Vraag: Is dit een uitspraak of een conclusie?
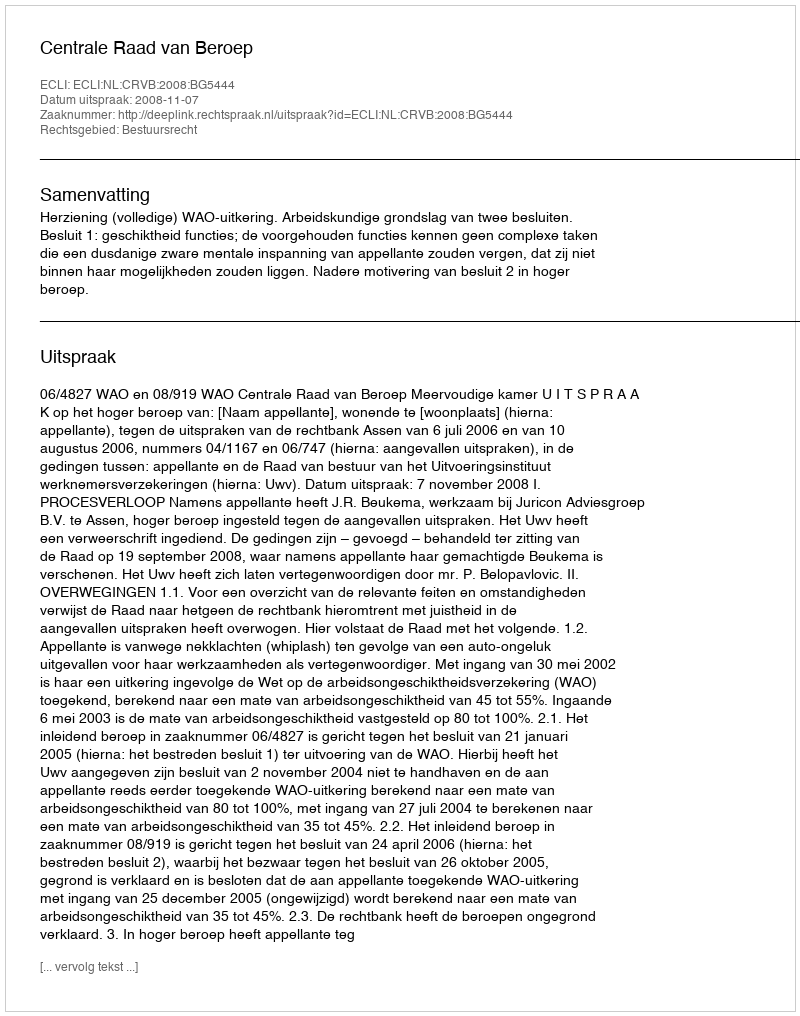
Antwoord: Uitspraak